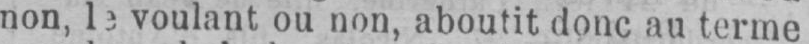
non, le voulant ou non, aboutit donc au terme